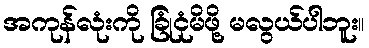
အကုန်လုံးကို ခြုံငုံမိဖို့ မလွယ်ပါဘူး။